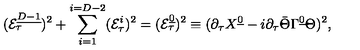
( { \cal E } _ { \tau } ^ { \underline { { D - 1 } } } ) ^ { 2 } + \sum _ { i = 1 } ^ { i = D - 2 } ( { \cal E } _ { \tau } ^ { i } ) ^ { 2 } = ( { \cal E } _ { \tau } ^ { \underline { 0 } } ) ^ { 2 } \equiv ( \partial _ { \tau } X ^ { \underline { 0 } } - i \partial _ { \tau } \bar { \Theta } \Gamma ^ { \underline { 0 } } \Theta ) ^ { 2 } ,